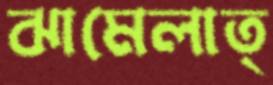
ঝামেলাত্